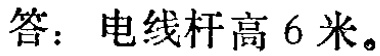
答：电线杆高 6 米。